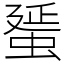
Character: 蜑